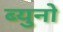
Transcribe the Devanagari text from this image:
ब्युनो